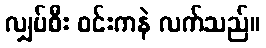
လျှပ်စီး ဝင်းကနဲ လက်သည်။